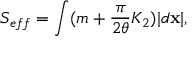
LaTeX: { \cal S } _ { e f f } = \int ( m + { \frac { \pi } { 2 \theta } } K _ { 2 } ) | d { \bf x } | ,